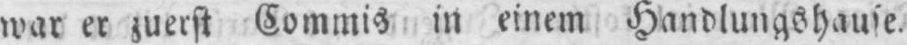
war er zuerst Commis in einem Handlungshause.